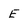
Character: E